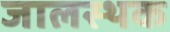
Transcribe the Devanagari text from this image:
जालस्थक